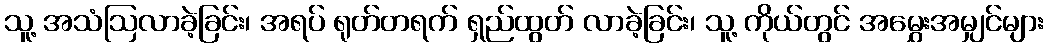
သူ့ အသံဩလာခဲ့ခြင်း၊ အရပ် ရုတ်တရက် ရှည်ထွတ် လာခဲ့ခြင်း၊ သူ့ ကိုယ်တွင် အမွှေးအမျှင်များ